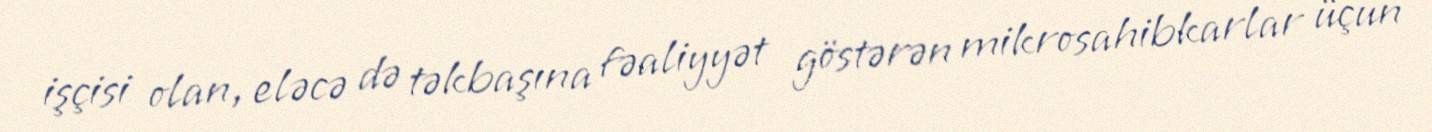
işçisi olan, eləcə də təkbaşına fəaliyyət göstərən mikrosahibkarlar üçün